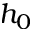
h _ { 0 }